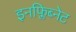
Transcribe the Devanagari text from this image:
इनफ्लिब्नेट